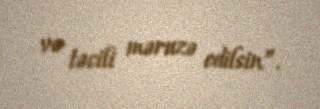
və təcili məruzə edilsin”.